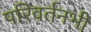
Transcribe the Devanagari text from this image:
परिवर्तनभी